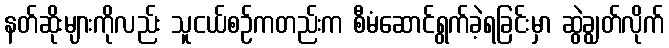
နတ်ဆိုးများကိုလည်း သူငယ်စဉ်ကတည်းက စီမံဆောင်ရွက်ခဲ့ရခြင်းမှာ ဆွဲချွတ်လိုက်